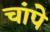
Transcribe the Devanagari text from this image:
चांपे